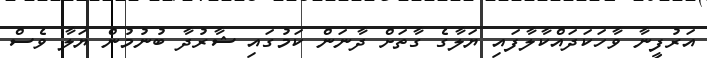
އަރުފީނާ ވާހަކަދައްކާލާފައި ޔަލާގެ ގާތަށް ދާނަން ކަމުގައި ޝާރުދާ ބުނުމުން ޔަލާ ވެސް